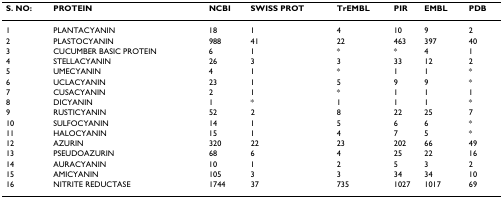
<table><thead><tr><td><b>S. NO:</b></td><td><b>PROTEIN</b></td><td><b>NCBI</b></td><td><b>SWISS PROT</b></td><td><b>TrEMBL</b></td><td><b>PIR</b></td><td><b>EMBL</b></td><td><b>PDB</b></td></tr></thead><tbody><tr><td>1</td><td>PLANTACYANIN</td><td>18</td><td>1</td><td>4</td><td>10</td><td>9</td><td>2</td></tr><tr><td>2</td><td>PLASTOCYANIN</td><td>988</td><td>41</td><td>22</td><td>463</td><td>397</td><td>40</td></tr><tr><td>3</td><td>CUCUMBER BASIC PROTEIN</td><td>6</td><td>1</td><td>*</td><td>*</td><td>4</td><td>1</td></tr><tr><td>4</td><td>STELLACYANIN</td><td>26</td><td>3</td><td>3</td><td>33</td><td>12</td><td>2</td></tr><tr><td>5</td><td>UMECYANIN</td><td>4</td><td>1</td><td>*</td><td>1</td><td>1</td><td>*</td></tr><tr><td>6</td><td>UCLACYANIN</td><td>23</td><td>1</td><td>5</td><td>9</td><td>9</td><td>*</td></tr><tr><td>7</td><td>CUSACYANIN</td><td>2</td><td>1</td><td>*</td><td>1</td><td>1</td><td>1</td></tr><tr><td>8</td><td>DICYANIN</td><td>1</td><td>*</td><td>1</td><td>1</td><td>1</td><td>*</td></tr><tr><td>9</td><td>RUSTICYANIN</td><td>52</td><td>2</td><td>8</td><td>22</td><td>25</td><td>7</td></tr><tr><td>10</td><td>SULFOCYANIN</td><td>14</td><td>1</td><td>5</td><td>6</td><td>6</td><td>*</td></tr><tr><td>11</td><td>HALOCYANIN</td><td>15</td><td>1</td><td>4</td><td>7</td><td>5</td><td>*</td></tr><tr><td>12</td><td>AZURIN</td><td>320</td><td>22</td><td>23</td><td>202</td><td>66</td><td>49</td></tr><tr><td>13</td><td>PSEUDOAZURIN</td><td>68</td><td>6</td><td>4</td><td>25</td><td>22</td><td>16</td></tr><tr><td>14</td><td>AURACYANIN</td><td>10</td><td>1</td><td>2</td><td>5</td><td>3</td><td>2</td></tr><tr><td>15</td><td>AMICYANIN</td><td>105</td><td>3</td><td>3</td><td>34</td><td>34</td><td>10</td></tr><tr><td>16</td><td>NITRITE REDUCTASE</td><td>1744</td><td>37</td><td>735</td><td>1027</td><td>1017</td><td>69</td></tr></tbody></table>